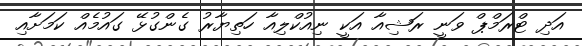
އަދި ޓްރަމްޕް ވަނީ ރަޝިއާ އަކީ ނިއުކްލިއާ ހަތިޔާރު ގެންގުޅޭ ގައުމެއް ކަމަށާއި